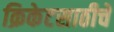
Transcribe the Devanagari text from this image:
क्रिकेटसाठीचे